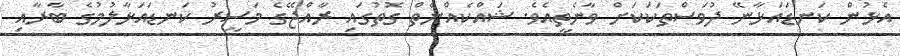
އެޅުން ކަނޑައަޅާނޭ ދުވަސްތަކަކަށް ވާނެތީއެވެ. ޝައްކެއްނެތް ގޮތުގައި ރާއްޖޭގެ މަސީރު ކަނޑައަޅާލުމުގެ ބާރާއި